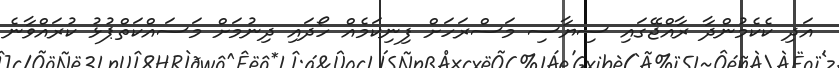
އަދި ކެކެމުންދާ ރާއްޖޭގައި ސިޔާސި މަސްރަހަށް ފިނިކަމެއް ހޯދައި ދިނުމަށް މަސައްކަތްޕުޅު ކުރައްވާނެ